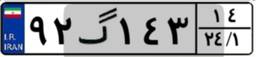
۹۲گ۱۴۳۱۴